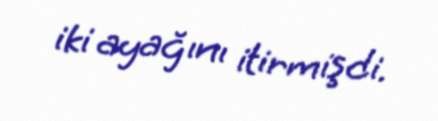
iki ayağını itirmişdi.